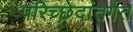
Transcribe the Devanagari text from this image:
परिच्छेदांतर्गत